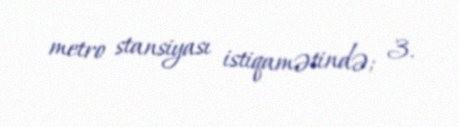
metro stansiyası istiqamətində; 3.